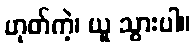
ဟုတ်ကဲ့၊ ယူ သွားပါ။